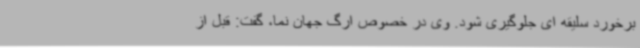
برخورد سلیقه ای جلوگیری شود. وی در خصوص ارگ جهان نما، گفت: قبل از